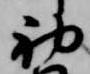
初